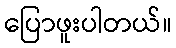
ပြောဖူးပါတယ်။